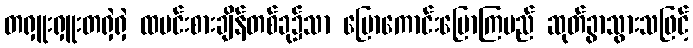
တရှူးရှူးတရှဲရှဲ ထမင်းစားချိန်တစ်ခု၌သာ ပြောကောင်းပြောကြမည် ဆုတ်ခွာသွားသဖြင့်